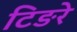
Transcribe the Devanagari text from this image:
टिङरे